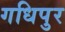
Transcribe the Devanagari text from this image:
गधिपुर